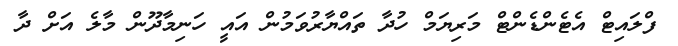
ފްލައިޓް އެޓެންޑެންޓް މަރިޔަމް ހުދާ ތައްޔާރުވަމުން އައީ ހަނިމާދޫން މާލެ އަށް ދާ